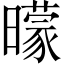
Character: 曚